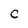
Character: C